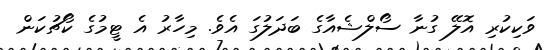
ވަކިކުރި އޮލޭ ގުނާ ސޯލްޝެއާގެ ބަދަލުގަ އެވެ. މިހާރު އެ ޓީމުގެ ކޯޗުކަން